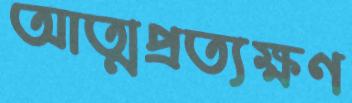
আত্মপ্রত্যক্ষণ